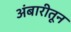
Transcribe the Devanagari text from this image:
अंबारीतून